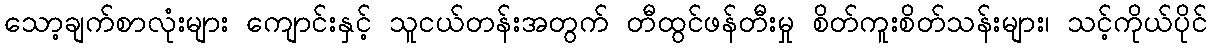
သော့ချက်စာလုံးများ ကျောင်းနှင့် သူငယ်တန်းအတွက် တီထွင်ဖန်တီးမှု စိတ်ကူးစိတ်သန်းများ၊ သင့်ကိုယ်ပိုင်